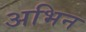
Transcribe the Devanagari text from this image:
अभिन